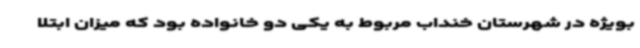
بویژه در شهرستان خنداب مربوط به یکی دو خانواده بود که میزان ابتلا